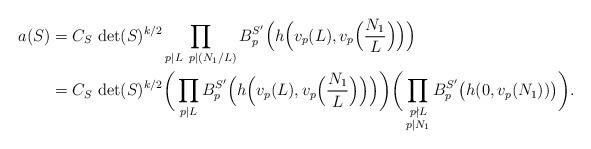
LaTeX: \begin{align*} a(S)&=C_{S}\,\det(S)^{k/2}\prod\limits_{p|L\;\;p|(N_1/L)} B_p^{S'}\Big(h\Big(v_p(L),v_p\Big(\frac{N_1}{L}\Big)\Big)\Big)\\ &=C_{S}\,\det(S)^{k/2}\bigg(\prod\limits_{p|L}B_p^{S'} \Big(h\Big(v_p(L),v_p\Big(\frac{N_1}{ L}\Big)\Big)\Big)\bigg)\bigg(\prod\limits_{\substack{p\nmid L\\p|N_1 }}B_p^{S'}\big(h(0,v_p(N_1))\big)\bigg).\end{align*}